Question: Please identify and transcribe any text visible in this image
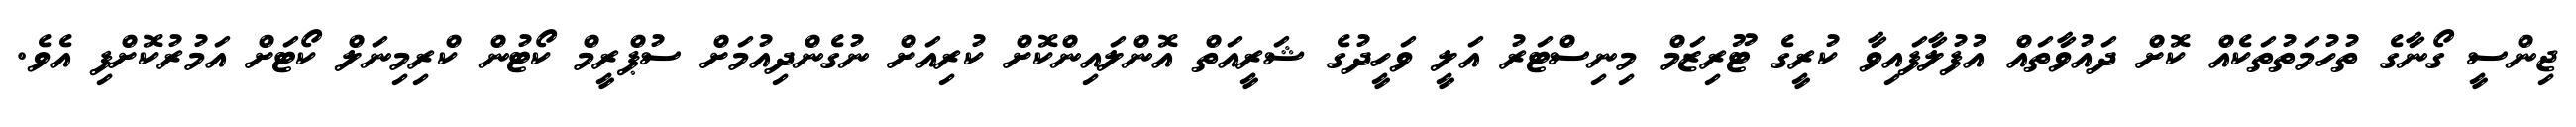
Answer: ޖިންސީ ގޯނާގެ ތުހުމަތުތަކެއް ކޮށް ދައުވާތައް އުފުލާފައިވާ ކުރީގެ ޓޫރިޒަމް މިނިސްޓަރު އަލީ ވަހީދުގެ ޝަރީއަތް އޮންލައިންކޮށް ކުރިއަށް ނުގެންދިއުމަށް ސުޕްރީމް ކޯޓުން ކްރިމިނަލް ކޯޓަށް އަމުރުކޮށްފި އެވެ.